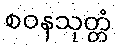
စဝနသုတ္တံ